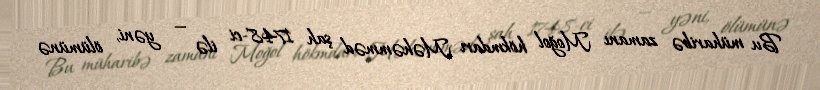
Bu müharibə zamanı Moğol hökmdarı Məhəmməd şah 1748-ci ilə — yəni, ölümünə